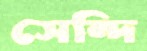
সেন্দি